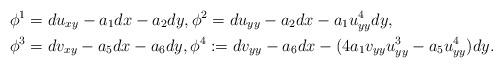
LaTeX: \begin{align*} &\phi^1=du_{xy}-a_1dx-a_2dy,\phi^2=du_{yy}-a_2dx-a_1u_{yy}^4dy,\\ &\phi^3=dv_{xy}-a_5dx-a_6dy, \phi^4:=dv_{yy}-a_6dx-(4a_1v_{yy}u_{yy}^3-a_5u_{yy}^4)dy.\end{align*}